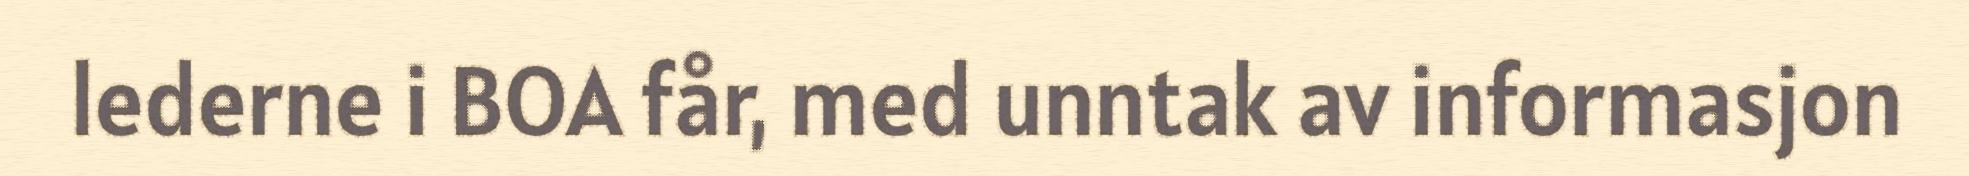
lederne i BOA får, med unntak av informasjon